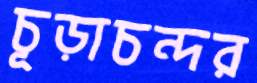
চূড়াচন্দর